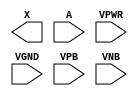
module sky130_fd_sc_hdll__dlygate4sd1 (
    X   ,
    A   ,
    VPWR,
    VGND,
    VPB ,
    VNB
);

    output X   ;
    input  A   ;
    input  VPWR;
    input  VGND;
    input  VPB ;
    input  VNB ;
endmodule